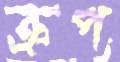
ক্রপ